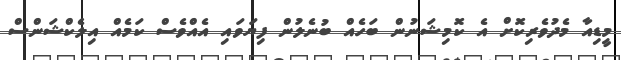
މީޑިއާ މެދުވެރިކޮށް އެ ކޮމިޝަނުން ބަހެއް ބުނެލުން ފިޔަވައި އެއްވެސް ކަމެއް އިލެކްޝަންސް